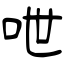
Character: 呭